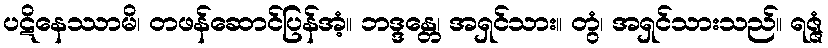
ပဋိနေဿာမိ၊ တဖန်ဆောင်ပြန်အံ့။ ဘဒ္ဒန္တေ၊ အရှင်သား။ တွံ၊ အရှင်သားသည်။ ရဇ္ဇံ